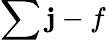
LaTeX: \sum\mathbf{j}-f